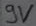
Text: 9V